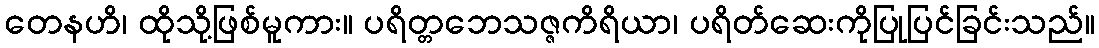
တေနဟိ၊ ထိုသို့ဖြစ်မူကား။ ပရိတ္တဘေသဇ္ဇကိရိယာ၊ ပရိတ်ဆေးကိုပြုပြင်ခြင်းသည်။